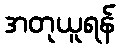
အတုယူရန်